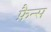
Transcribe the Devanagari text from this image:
फ़ैन्स